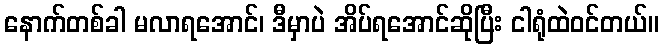
နောက်တစ်ခါ မလာရအောင်၊ ဒီမှာပဲ အိပ်ရအောင်ဆိုပြီး ငါရုံထဲဝင်တယ်။